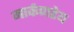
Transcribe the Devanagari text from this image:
मार्कणडेय